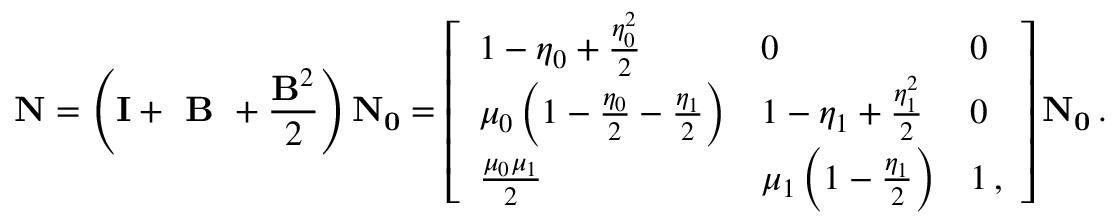
\mathbf { N } = \left( \mathbf { I } + \textbf { B } + \frac { \mathbf { B } ^ { 2 } } { 2 } \right) \mathbf { N _ { 0 } } = \left[ \begin{array} { l l l } { 1 - \eta _ { 0 } + \frac { \eta _ { 0 } ^ { 2 } } { 2 } } & { 0 } & { 0 } \\ { \mu _ { 0 } \left( 1 - \frac { \eta _ { 0 } } { 2 } - \frac { \eta _ { 1 } } { 2 } \right) } & { 1 - \eta _ { 1 } + \frac { \eta _ { 1 } ^ { 2 } } { 2 } } & { 0 } \\ { \frac { \mu _ { 0 } \mu _ { 1 } } { 2 } } & { \mu _ { 1 } \left( 1 - \frac { \eta _ { 1 } } { 2 } \right) } & { 1 \, , } \end{array} \right] \mathbf { N _ { 0 } } \, .